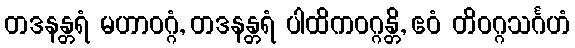
တဒနန္တရံ မဟာဝဂ္ဂံ, တဒနန္တရံ ပါထိကဝဂ္ဂန္တိ, ဧဝံ တိဝဂ္ဂသင်္ဂဟံ